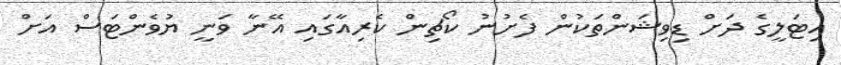
އިޓަލީގެ ދަށް ޑިވިޝަންތަކުން ފެށުނު ކޯޗިން ކެރިއާގައި އޭނާ ވަނީ ޔުވެންޓަސް އަށް